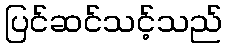
ပြင်ဆင်သင့်သည်